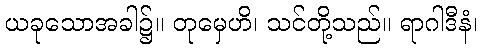
ယခုသောအခါ၌။ တုမှေဟိ၊ သင်တို့သည်။ ရာဂါဒီနံ၊